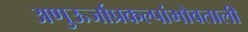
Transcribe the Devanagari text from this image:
अणुऊर्जाप्रकल्पांभोवताली